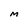
Character: M